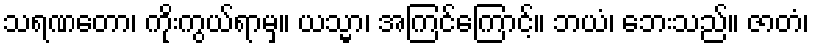
သရဏတော၊ ကိုးကွယ်ရာမှ။ ယသ္မာ၊ အကြင်ကြောင့်။ ဘယံ၊ ဘေးသည်။ ဇာတံ၊